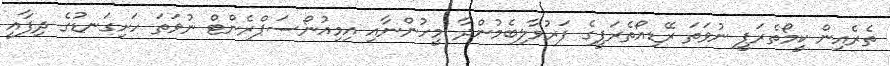
ތެރެއިން ކީމޯތެރަޕީ ނުވަތަ ރޭޑިއޯތެރަޕީގެ ފަރުވާލިބެމުންދާ މީހުންނާއި އިމިއުނޯސަޕްރެންޓް ނުވަތަ ހަށިގަނޑުގެ ދިފާއީ